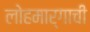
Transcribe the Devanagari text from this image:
लोहमार्गाची